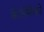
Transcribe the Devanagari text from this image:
कैलिमैको